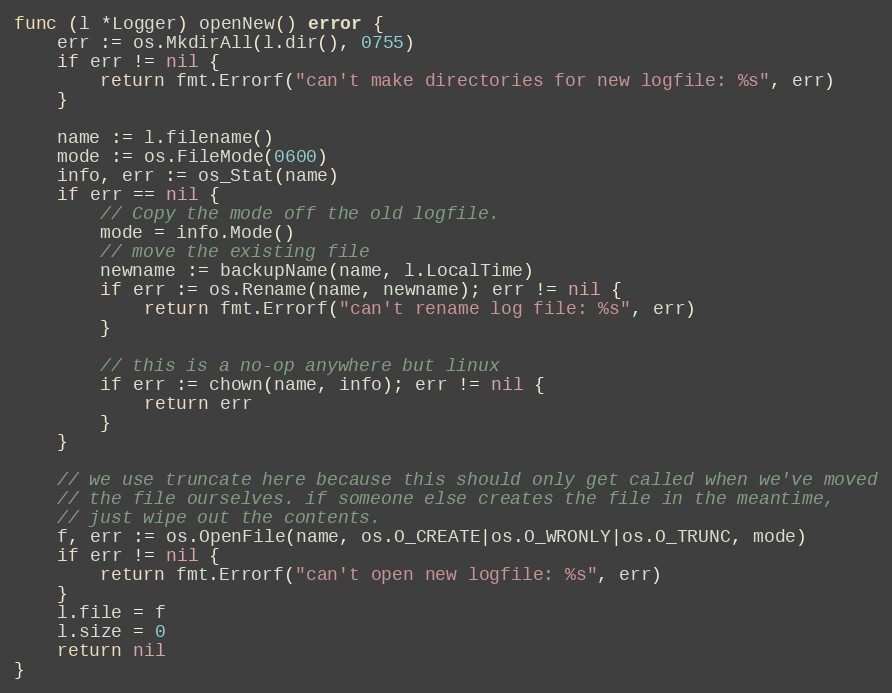
Language: Go
func (l *Logger) openNew() error {
	err := os.MkdirAll(l.dir(), 0755)
	if err != nil {
		return fmt.Errorf("can't make directories for new logfile: %s", err)
	}

	name := l.filename()
	mode := os.FileMode(0600)
	info, err := os_Stat(name)
	if err == nil {
		// Copy the mode off the old logfile.
		mode = info.Mode()
		// move the existing file
		newname := backupName(name, l.LocalTime)
		if err := os.Rename(name, newname); err != nil {
			return fmt.Errorf("can't rename log file: %s", err)
		}

		// this is a no-op anywhere but linux
		if err := chown(name, info); err != nil {
			return err
		}
	}

	// we use truncate here because this should only get called when we've moved
	// the file ourselves. if someone else creates the file in the meantime,
	// just wipe out the contents.
	f, err := os.OpenFile(name, os.O_CREATE|os.O_WRONLY|os.O_TRUNC, mode)
	if err != nil {
		return fmt.Errorf("can't open new logfile: %s", err)
	}
	l.file = f
	l.size = 0
	return nil
}